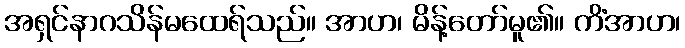
အရှင်နာဂသိန်မထေရ်သည်။ အာဟ၊ မိန့်တော်မူ၏။ ကိံအာဟ၊